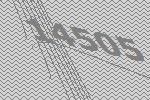
14505